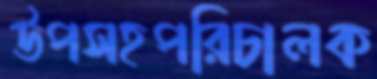
উপসহপরিচালক